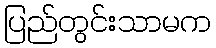
ပြည်တွင်းသာမက